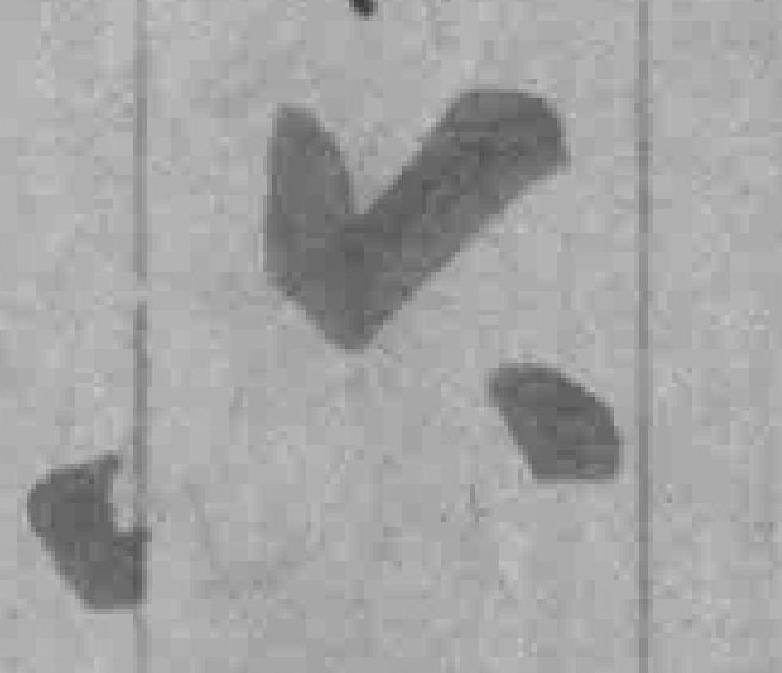
六